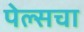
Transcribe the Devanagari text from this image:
पेल्सचा